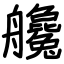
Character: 艬